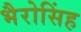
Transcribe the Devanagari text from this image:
भैरोसिंह